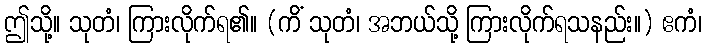
ဤသို့။ သုတံ၊ ကြားလိုက်ရ၏။ (ကိံ သုတံ၊ အဘယ်သို့ ကြားလိုက်ရသနည်း။) ဧကံ၊